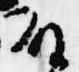
殿